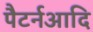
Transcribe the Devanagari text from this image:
पैटर्नआदि